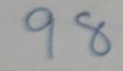
98